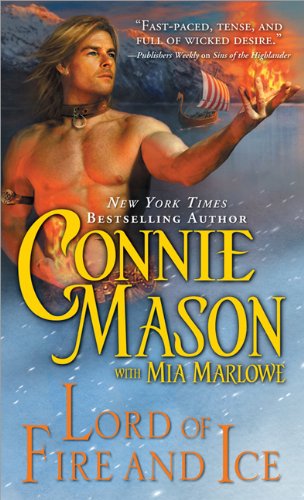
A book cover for Lord of Fire and Ice; Mia Marlowe; Romance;